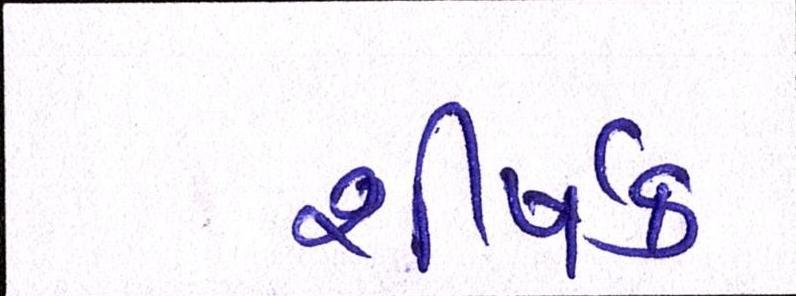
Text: શીર્ષક